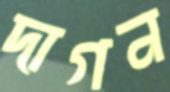
দাগন